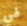
في